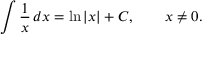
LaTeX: \int { \frac { 1 } { x } } \, d x = \ln | x | + C , \qquad x \neq 0 .